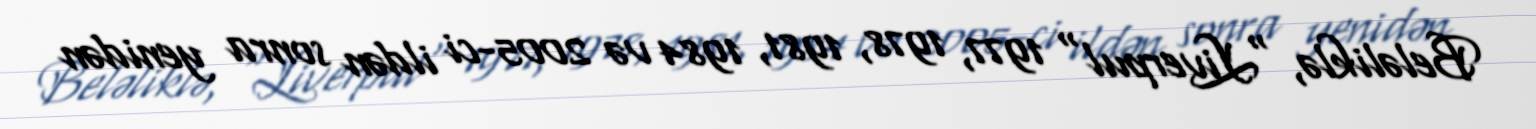
Beləliklə, "Liverpul" 1977, 1978, 1981, 1984 və 2005-ci ildən sonra yenidən